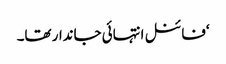
‘فائنل انتہائی جاندار تھا۔